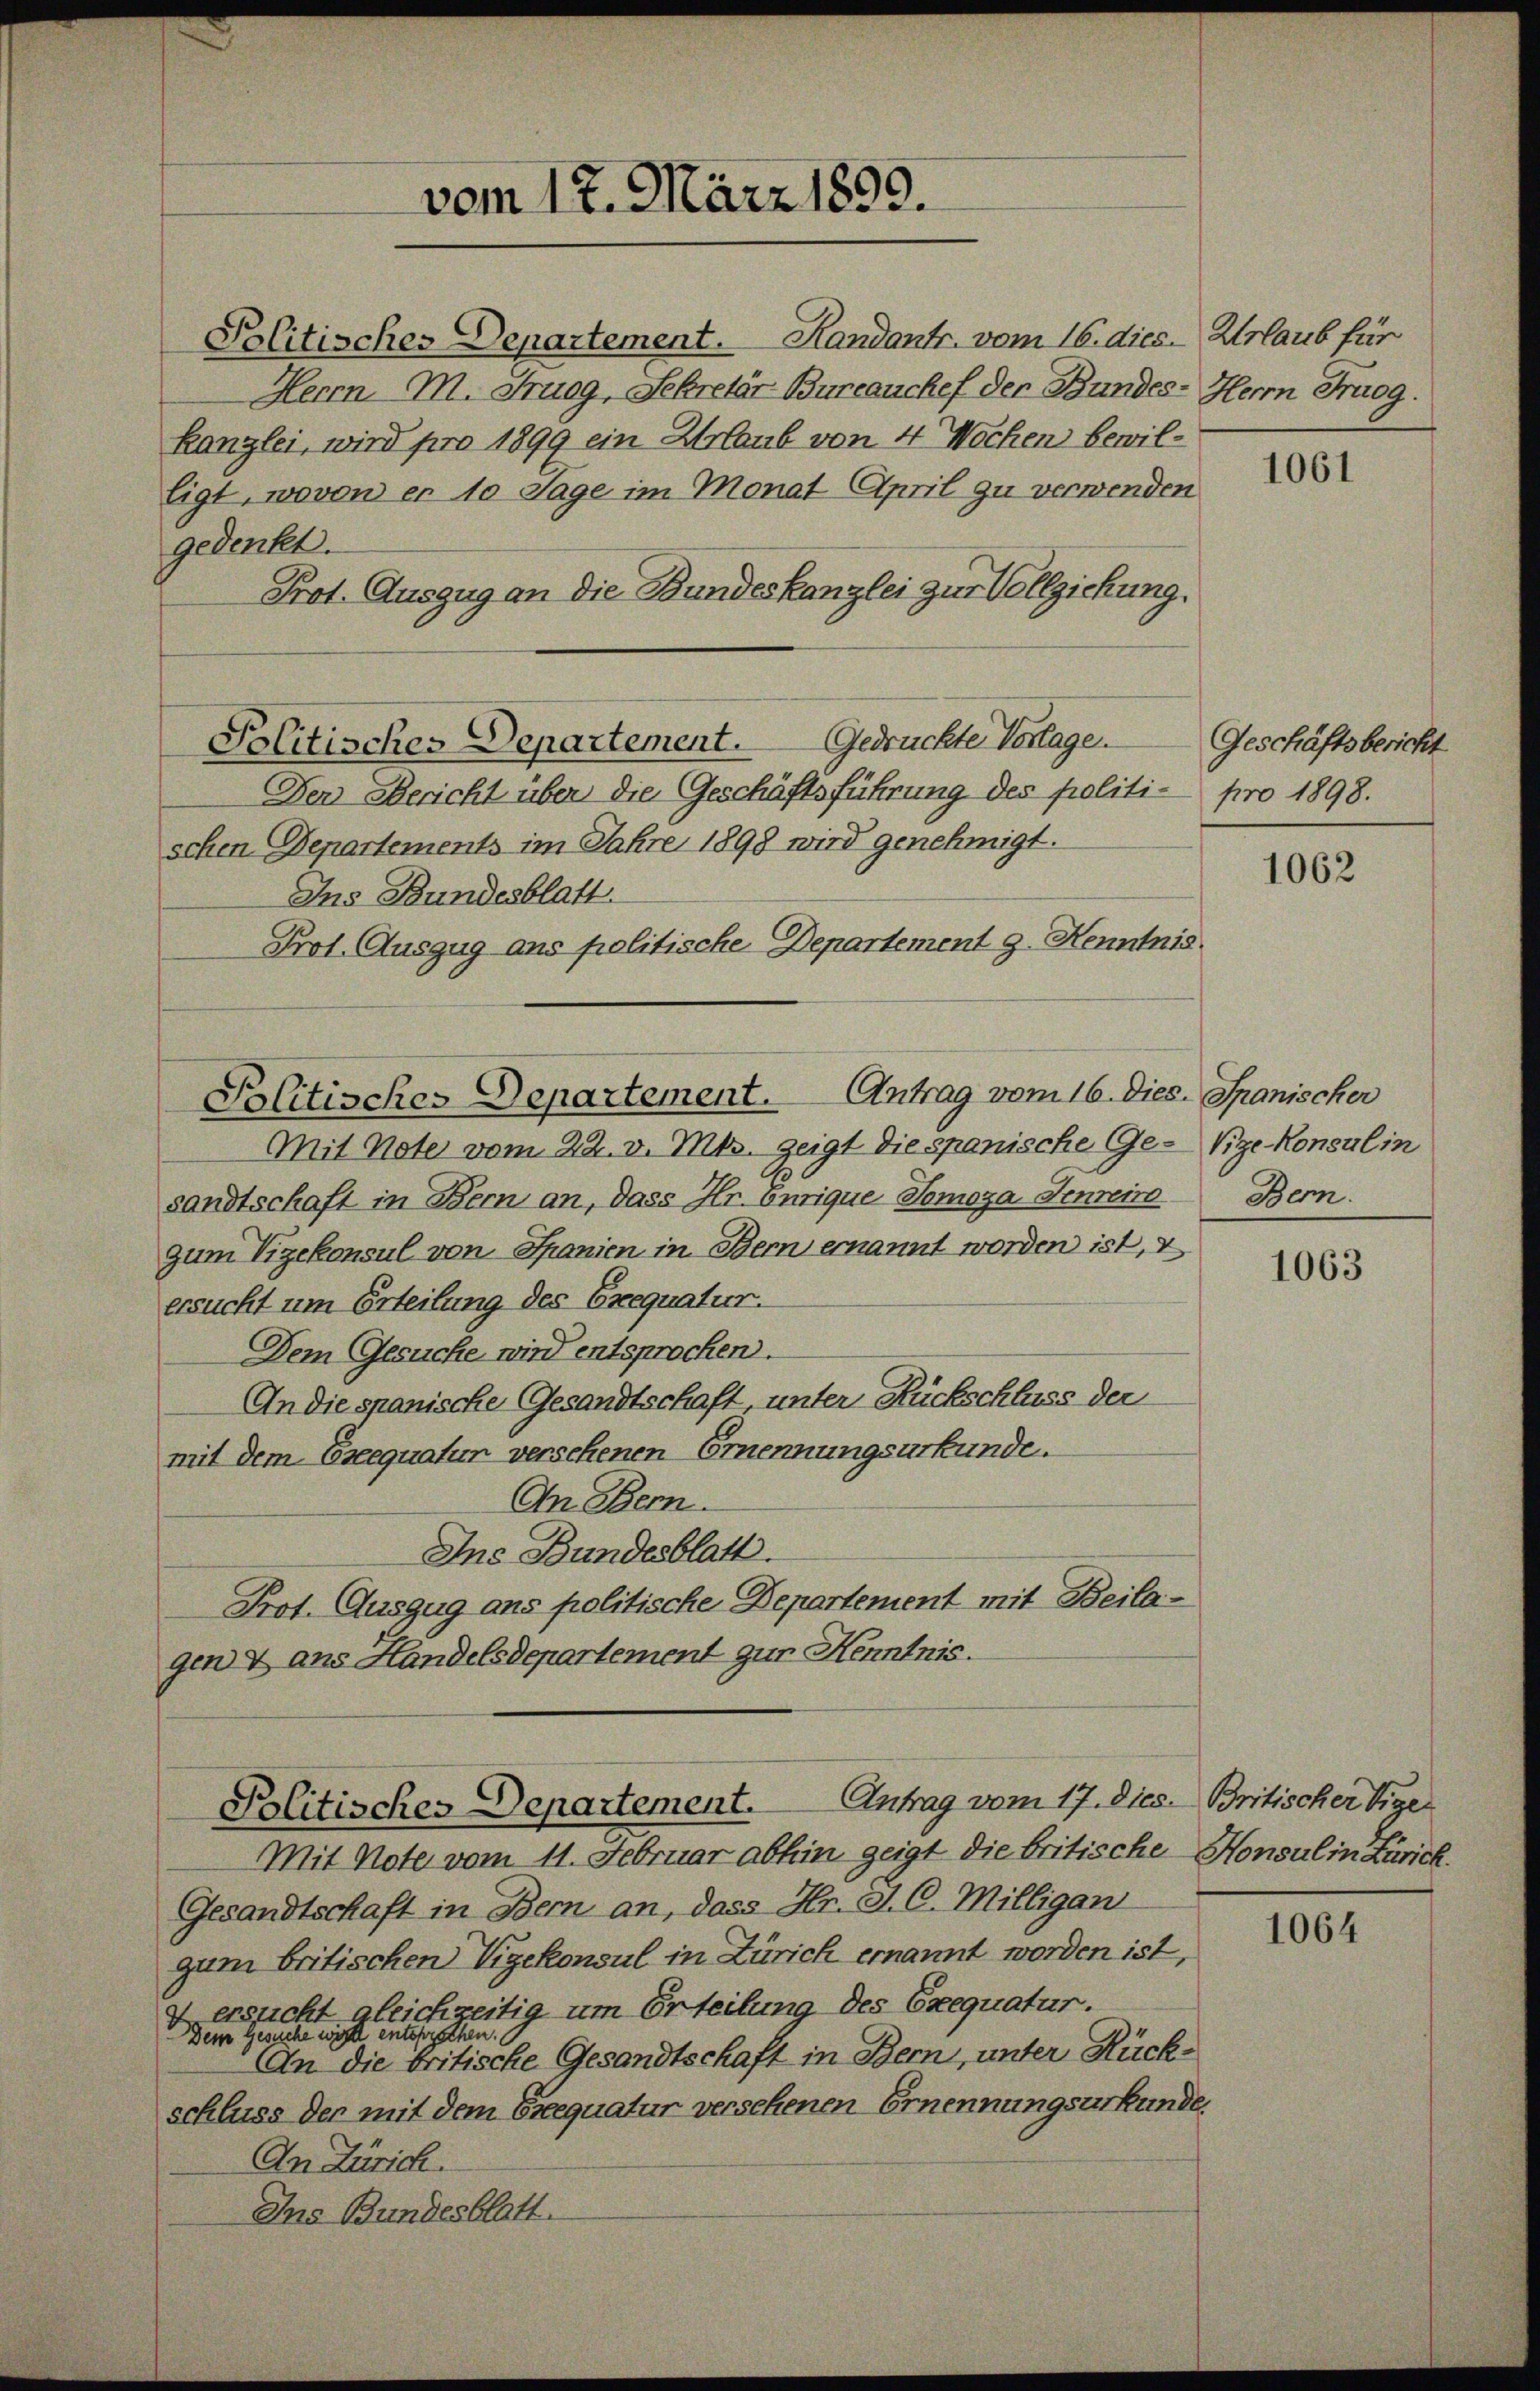
vom 17. März 1899.

Politisches Departement. Handants. vom 16. dies. Urlaub für
Herrn M. Trugg, Sekretär Bureauchef der Bundes- Herrn Fruog.
Kanzlei, wird pro 1899 ein Urlaub von 4 Wochen bewilligt, wovon er 10 Tage im Monat April zu verwenden
gedenkt.
Prot. Auszug an die Bundeskanzlei zur Vollziehung.
Politisches Departement. Gedrückte Vorlage.
Der Bericht über die Geschäftsführung des politischen Genartements im Jahre 1898 wird genehmigt.
Ins Bundesblatt.
Prot. Auszug ans politische Departement g. Kenntnis.

Politisches Departement. Antrag vom 16. Dies. Spanischer

Mit Note vom 22. v. Mts. zeigt die spanische Ge- Vige Konsul in
sandtschaft in Bern an, dass Hr. Onrique Tomoza Jenneiro Bern.
zum Vizekonsul von Spanien in Bern ernannt worden ist, v
ersucht um Erteilung des Erequatur.
Dem Gesuche wird entsprochen.
An die spanische Gesandtschaft unter Rückschluss der
mit dem Exequatur versehenen Ernennungsurkunde.
An Bern.
Ins Bundesblatt.
Prot. Auszug ans politische Departement mit Beilagen 4 ans Handelsdepartement zur Kenntnis.

Mit Note vom 11. Februar abhin zeigt die britische Honsul in Zürich.
Gesandtschaft in Bern an, dass Hr. J. C. Milligan
gum britischen Vigekonsul in Zürich ernannt worden ist,
4 ersticht gleichzeitig um Erteilung des Exequatur.
Dem Gesuche wirste entsprochen. 6.
An die britische Gesandtschaft in Bern, unter Rückschluss der mit dem Ereequatur versehenen Ernennungsurkunde.
An Zürich.
Ins Bundesblatt.

Politisches Departement. Antrag vom 17. Dies Britischer Vige

1061

Geschäftsbericht
pro 1898.

1062

1063

1064